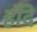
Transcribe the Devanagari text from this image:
र्होदे